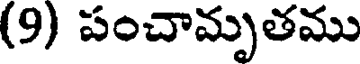
(9) పంచామృతము